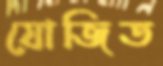
যোজিত